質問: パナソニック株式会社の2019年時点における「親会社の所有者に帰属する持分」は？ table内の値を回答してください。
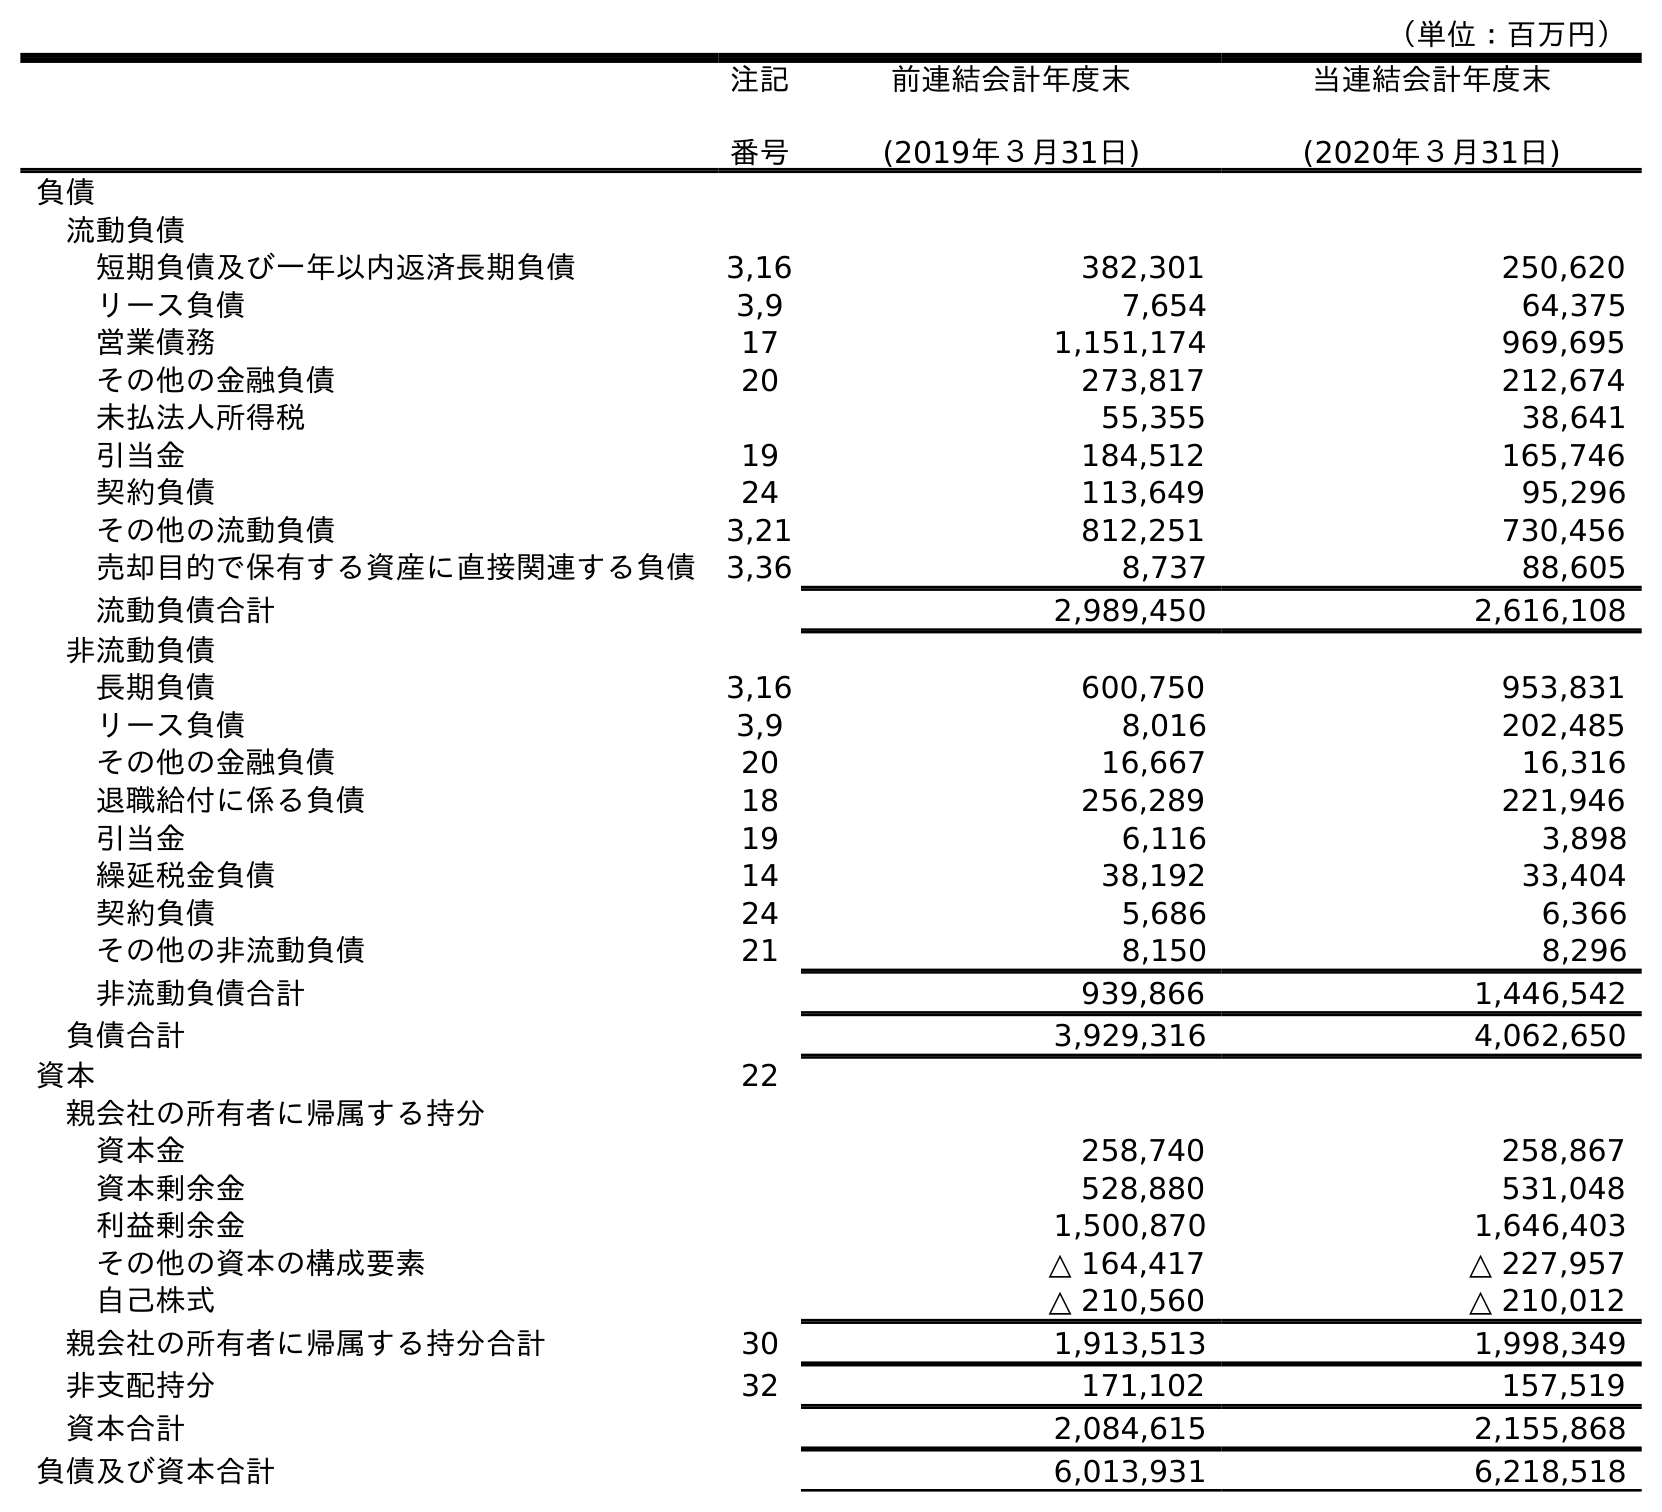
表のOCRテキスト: （単位：百万円） 注記 番号 前連結会計年度末 (2019年３月31日) 当連結会計年度末 (2020年３月31日) 負債 流動負債 短期負債及び一年以内返済長期負債 3,16 382,301 250,620 リース負債 3,9 7,654 64,375 営業債務 17 1,151,174 969,695 その他の金融負債 20 273,817 212,674 未払法人所得税 55,355 38,641 引当金 19 184,512 165,746 契約負債 24 113,649 95,296 その他の流動負債 3,21 812,251 730,456 売却目的で保有する資産に直接関連する負債 3,36 8,737 88,605 流動負債合計 2,989,450 2,616,108 非流動負債 長期負債 3,16 600,750 953,831 リース負債 3,9 8,016 202,485 その他の金融負債 20 16,667 16,316 退職給付に係る負債 18 256,289 221,946 引当金 19 6,116 3,898 繰延税金負債 14 38,192 33,404 契約負債 24 5,686 6,366 その他の非流動負債 21 8,150 8,296 非流動負債合計 939,866 1,446,542 負債合計 3,929,316 4,062,650 資本 22 親会社の所有者に帰属する持分 資本金 258,740 258,867 資本剰余金 528,880 531,048 利益剰余金 1,500,870 1,646,403 その他の資本の構成要素 △ 164,417 △ 227,957 自己株式 △ 210,560 △ 210,012 親会社の所有者に帰属する持分合計 30 1,913,513 1,998,349 非支配持分 32 171,102 157,519 資本合計 2,084,615 2,155,868 負債及び資本合計 6,013,931 6,218,518
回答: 1,913,513